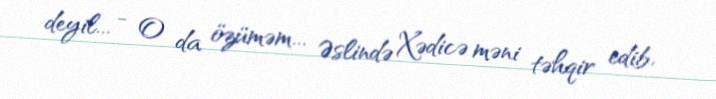
deyil... - O da özüməm... Əslində Xədicə məni təhqir edib.